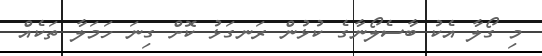
މި ގޯލާ އެކު ބާސެލޯނާގެ ކުޅުން ރަނގަޅު ކޮށް ގިނަ ހަމަލާ ތަކެއް